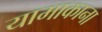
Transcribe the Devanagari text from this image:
यामाकाना